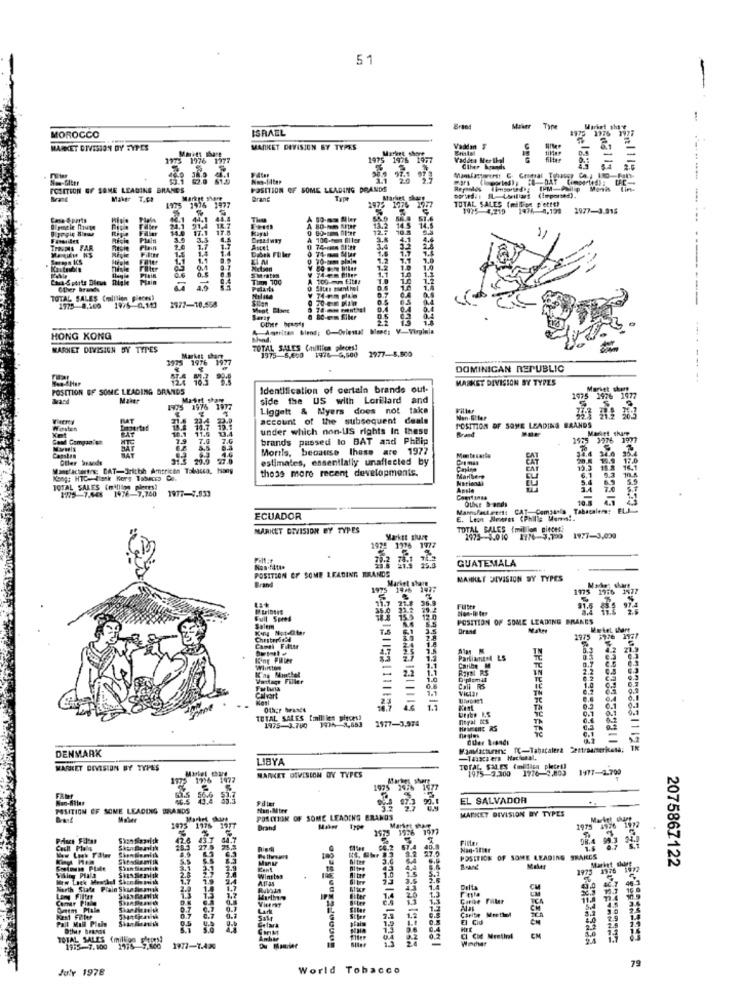
51
-
ISRAEL
Brand
Maker
Tan
175 1776 1977
MOROCCO
MARKET DIVISION DY TYPES
MARKET DIVISION BY TYPES
Vaddan F
1973 1976
1977
1976 195
Vaddes Mer Ibal
filter
Ciher brands
POSITION OF SOME LEADING BRANES
POSITION OF SOME LEADING BRANDS
1975 1976 1977
Markte Short
Brand
Tapt
TOTAL SALES (milion p'ettt)
1475 1976
1975 4,219 14M4 8,199
1977-3.915
Lese & parts
14.1
Fiber
21.1 914 11.7
17.1 17.8
3.5
100-me4 Eller
"1
1.5
1.4 1.4
1.7
Auet
7.7
1.1
1.1
Dibek Füller
------- ----
Diale
0.4 0.7
Mixtzan
74-em filler
14
Sheraton
Tinn 100
A 100 mm fitt:
Other brands
19
TOTAL SALES Coalition # #Cest
1976 0.113
1977-10.568
74-em plte
1975 8.200
Saray
Other brandy
Americas blend; O-Oriental Mene; V-Virginla
HONG KONG
Mend.
KARNET DIVISION BY TYPES
TOTAL SALES (milliliem pleces!
1977-8.500
Market, shop
1975-5,600
1976-6,500
1979 1976 1977
DOMINICAN REPUBLIC
MARKET DIVISION BY TYPES
POSITION OF SOME LEADING BRANDS
Identification of certain brande out-
Market share
Band
Matet share
side the US with Lorillard
1975 1976 1977
1905 1976 1977
Liggett & Myers does not
tak
Filler
account of the subsequent deals
under which non-US rights In these
Brand
POSITION OF SOME LEADING BRANDS
ASEN
brands passed lo BAT and Philip
1955 3976 1977
BAT
Morils, because these are 1977
Mitesarle
estimates, essentially unaflected by
EAT
Matfactoring CAT-Tritbh American Tobacco, Hang
the39 more recent developments.
18.8 165
Kong: HTC-Bissk Hory Tabacco Go.
5.4
Ansle
WAT 75 1978 7.760 1977-7.933
Manufacturers: CAT. Comsails Tabacalera: ELJ
ECUADOR
E. Leon Neares CPhill: Ments.
MARKET DIVISION BY TYPES
TOTAL SALES (million git
Market Share
2973-1.010 1776-3,199
1977-3,000
1974 1776 1777
70.2 751 3
GUATEMALA
Non-Filtte
POSITION OF SOME LEADING BRANDS
Brand
Market share
MAHNET DIVISION SY TYPES
Mode', share
1975 1976 1577
5
Futte
Non-la ter
Full Speed
12.
POSITION OF SOME LEADING BRAKES
Salem
Kiry Notater
Chesterdeed
-
1.3
Partiamitel &S
TE
0.7
Wilton
1.1
Pavel RS
Caribe M
EN
2.2
Vartaşı Filler
1.0
Diplomal
0.2
1.1
Cali RS
Viclar
1.0
Calvart
2.3
10.7
2375822 1211119
1.2
TH
0.7
6.1
TOTAL SALES Emilien pieces)
1975-3.780 1936-3,553
2977-3.974
nepal Bts.
TH
6.4
Quer brands
DENMARK
Mandatturene TC-Tabacalera Centroamericana;
LIBYA
-Tassa era Hacietal.
MARKET DIVISION BY TYPES
1975 2.300 1976-9.803 1477-4.700
1977-4.700
1996 1477
MARKET DIVISION DY TYPES
Filer
EL SALVADOR
POSITION OF SOME LEADING BRANDS
Han.Mtee
MARKET DIVISION BY TYPES
POSCTION OF SOME LEADING BRANDS
1975 1976 1977
1975 1976 1977
Brand
1975 1526 1977
43.7 G4.1
Filter
Filter
08.4
Rien
57.5
Han-Ster
K OF SOME LEADING SHARES
Market dugg
SizsSendik
3.1
Kent
1.0
199
1976
2075867122
7.9
Winston
46
North State Plain Skandinanik
2.0
1.4
1.4
16
Ling Filtr
1.3
1.7
20
Samm Plale
0.7 0.1
Pall Mall Pinin
0.5
0.7
1.5
Gelara
9.6 0.4
TOTAL SALES (million Floppy
0.2 0.2
Wieder
19:5-7.100
1977-1.42
July 1978
World Tobacco
79